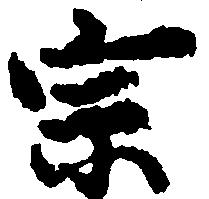
宗